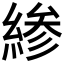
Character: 𫃰